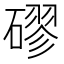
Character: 磟